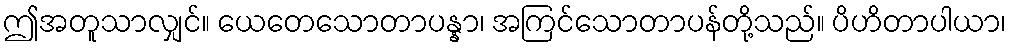
ဤအတူသာလျှင်။ ယေတေသောတာပန္နာ၊ အကြင်သောတာပန်တို့သည်။ ပိဟိတာပါယာ၊